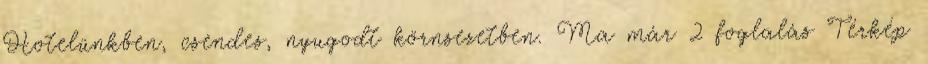
Hotelünkben, csendes, nyugodt körnsezetben. Ma már 2 foglalás Térkép